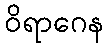
ဝိရာဂေန